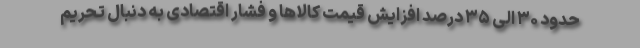
حدود ۳۰ الی ۳۵ درصد افزایش قیمت کالاها و فشار اقتصادی به دنبال تحریم